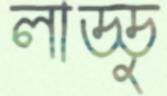
লাড্ডু